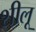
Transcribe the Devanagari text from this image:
शीलू